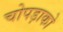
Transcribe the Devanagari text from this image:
चोपड़ाको